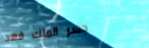
جسر الملك فهد